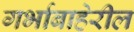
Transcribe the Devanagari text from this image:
गर्भाबाहेरील